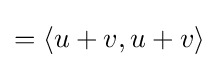
=\langle u+v,u+v\rangle